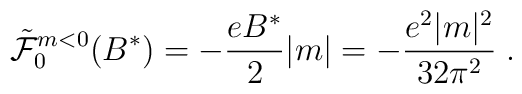
{\tilde {\cal {F}}}_0^{m<0} (B^*) = - \frac {e B^*} {2} |m|= - \frac {e^2 |m|^2}{32 \pi^2} \; .